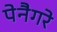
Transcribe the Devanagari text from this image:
पेनैगरे